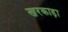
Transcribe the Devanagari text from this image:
खरकाड़ा